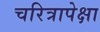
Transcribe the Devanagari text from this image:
चरित्रापेक्षा